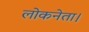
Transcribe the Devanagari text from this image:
लोकनेता।